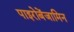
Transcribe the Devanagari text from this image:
पाइरोबेंजामिन